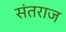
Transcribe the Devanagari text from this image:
संतराज